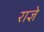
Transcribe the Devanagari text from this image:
राज्ञे